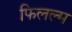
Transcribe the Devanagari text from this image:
फिलल्म